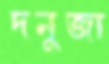
দনুজা